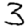
Digit: 3